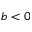
b < 0